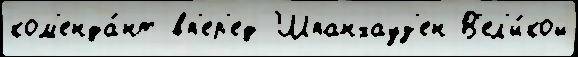
ком'енда́нт вп'ер'ед Шпанхауз'ен В'ел'и́кой